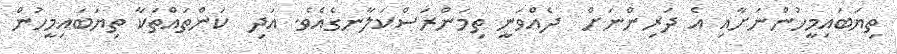
ތިޔަބައިމީހުންނަށާއި އެ ދަރިންނަށް  ދެއްވަނީ ތިމަންރަސްކަލާނގެއެވެ. އަދި  ކަންތައްތަކާ ތިޔަބައިމީހުން